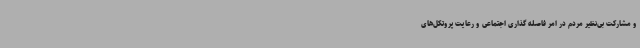
و مشارکت بی‌نظیر مردم در امر فاصله گذاری اجتماعی و رعایت ‌پروتکل‌های